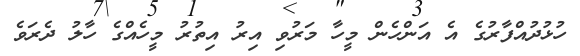
ހުޅުދުއްފާރުގެ އެ އަންހެން މީހާ މަރުވި އިރު އިތުރު މީހެއްގެ ހާލު ދެރަވެ